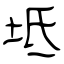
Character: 坻